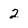
Character: 2